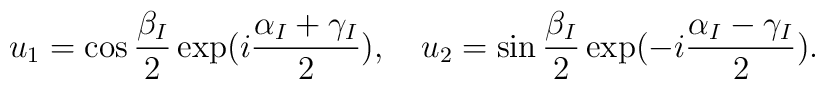
u_1 = \cos \frac{\beta_I}{2} \exp(i \frac{\alpha_I +\gamma_I}{2}), \quad u_2 = \sin \frac{\beta_I}{2} \exp(- i\frac{\alpha_I - \gamma_I}{2}).